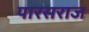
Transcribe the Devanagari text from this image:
पारसराज